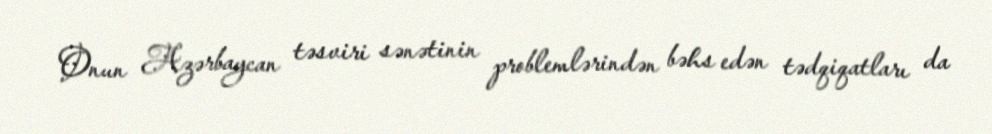
Onun Azərbaycan təsviri sənətinin problemlərindən bəhs edən tədqiqatları da